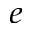
^ { e }